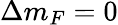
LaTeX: \Delta m_{F}=0